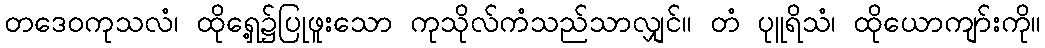
တဒေဝကုသလံ၊ ထိုရှေ့၌ပြုဖူးသော ကုသိုလ်ကံသည်သာလျှင်။ တံ ပုူရိသံ၊ ထိုယောကျာ်းကို။